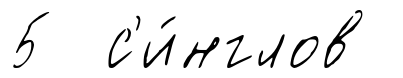
5 с'и́нглов